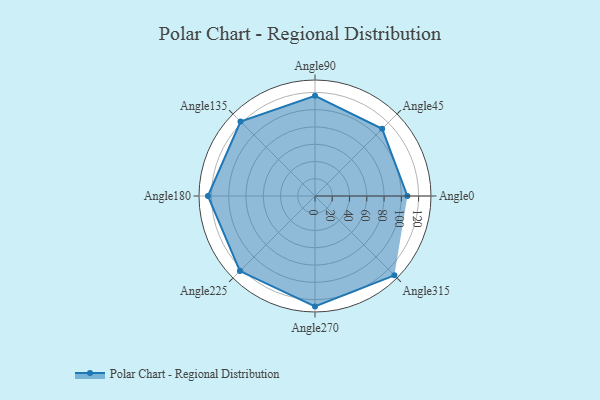
{"axis": {"x": "Angle", "y": "Radius"}, "legend": [""], "data": [{"x": "Angle0", "y": 107.0, "type": ""}, {"x": "Angle45", "y": 110.0, "type": ""}, {"x": "Angle90", "y": 116.0, "type": ""}, {"x": "Angle135", "y": 122.0, "type": ""}, {"x": "Angle180", "y": 124.0, "type": ""}, {"x": "Angle225", "y": 123.0, "type": ""}, {"x": "Angle270", "y": 128.0, "type": ""}, {"x": "Angle315", "y": 130.0, "type": ""}]}